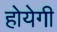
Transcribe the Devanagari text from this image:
होयेगी